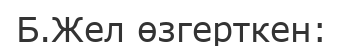
Б.Жел өзгерткен: